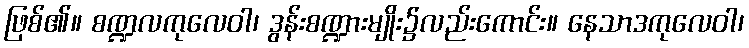
ဖြစ်၏။ စဏ္ဍလကုလေဝါ၊ ဒွန်းစဏ္ဍားမျိုး၌လည်းကောင်း။ နေသာဒကုလေဝါ၊